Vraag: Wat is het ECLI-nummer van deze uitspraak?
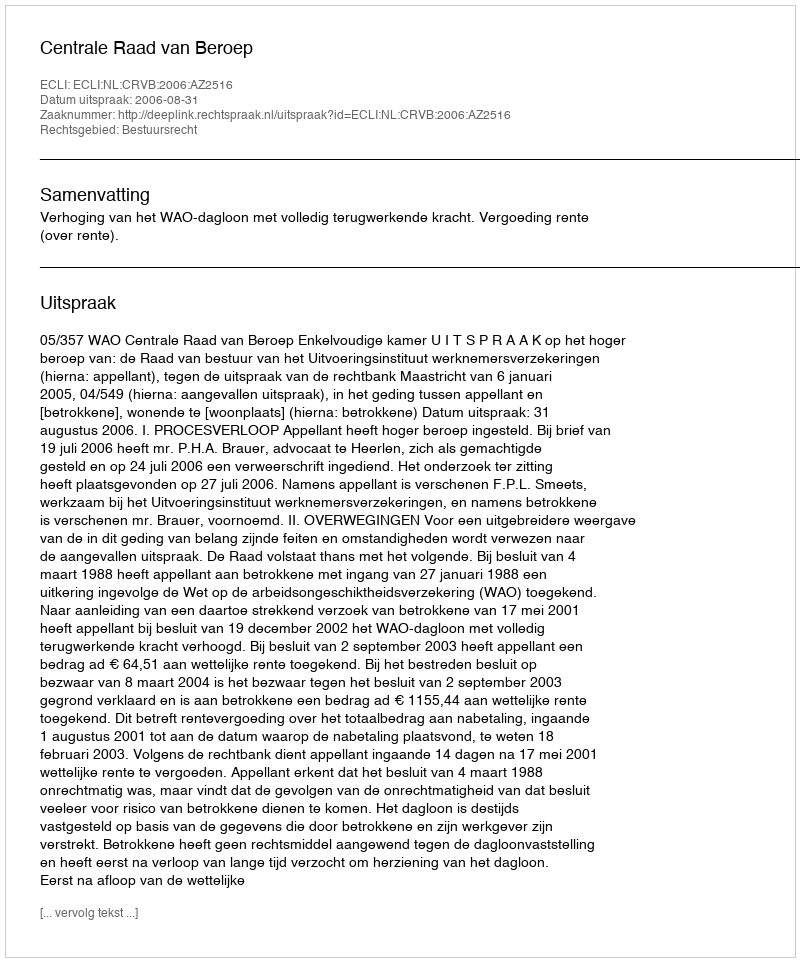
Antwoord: ECLI:NL:CRVB:2006:AZ2516